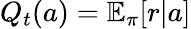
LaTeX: Q_{t}(a)=\mathbb{E}_{\pi}[r\vert a]